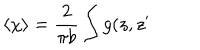
LaTeX: \left\langle \chi \right\rangle = \frac 2 { \pi b } \int g ( z , z ^ { \prime }